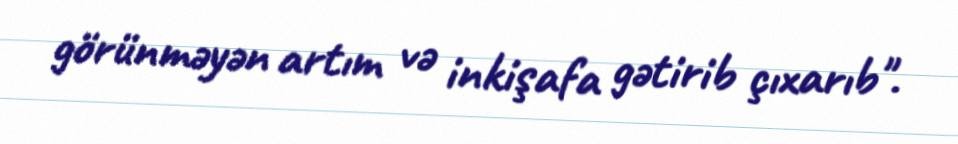
görünməyən artım və inkişafa gətirib çıxarıb".